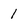
Character: 1